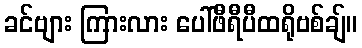
ခင်ဗျား ကြားလား ပေါ်ဖီရီပီထရိုဗစ်ချ်။